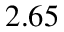
2 . 6 5